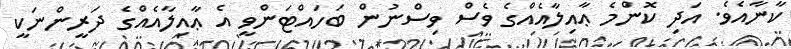
ކާނާއެވެ. އަދި ކޮންމެ ޢާއިލާއެއްގެ ވެސް ވިސްނުން ބަހައްޓަންވީ އެ ޢާއިލާއެއްގެ ދަރީންނަކީ